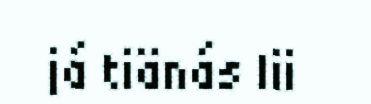
já tiänás lii